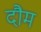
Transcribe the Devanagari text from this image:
दौम